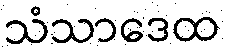
သံသာဒေထ